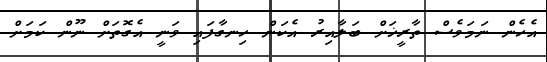
އެހެން ނަމަވެސް ތާރީޚަށް ބަލާއިރު އެކަން ހިނގާފައި ވަނީ އެގޮތަށް ނޫން ކަމަށް